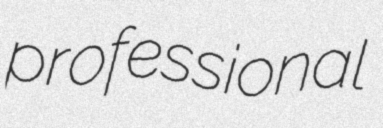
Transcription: professional